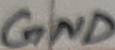
Text: GND